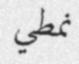
نمطي